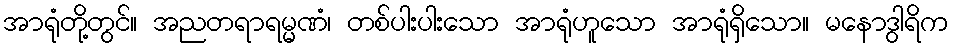
အာရုံတို့တွင်။ အညတရာရမ္မဏံ၊ တစ်ပါးပါးသော အာရုံဟူသော အာရုံရှိသော။ မနောဒွါရိက